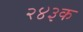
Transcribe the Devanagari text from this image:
२४३क